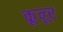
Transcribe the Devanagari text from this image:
कून्‍ूर